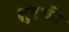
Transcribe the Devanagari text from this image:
क्षुएचेंग